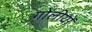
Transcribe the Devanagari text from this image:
गोलीयों